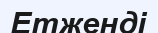
Етженді